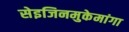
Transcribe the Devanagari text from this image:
सेइजिनमुकेमांगा